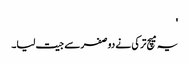
'
یہ میچ ترکی نے دو صفر سے جیت لیا۔